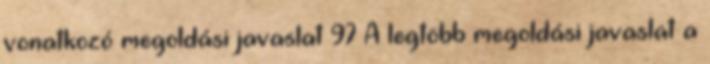
vonatkozó megoldási javaslat 97 A legtöbb megoldási javaslat a